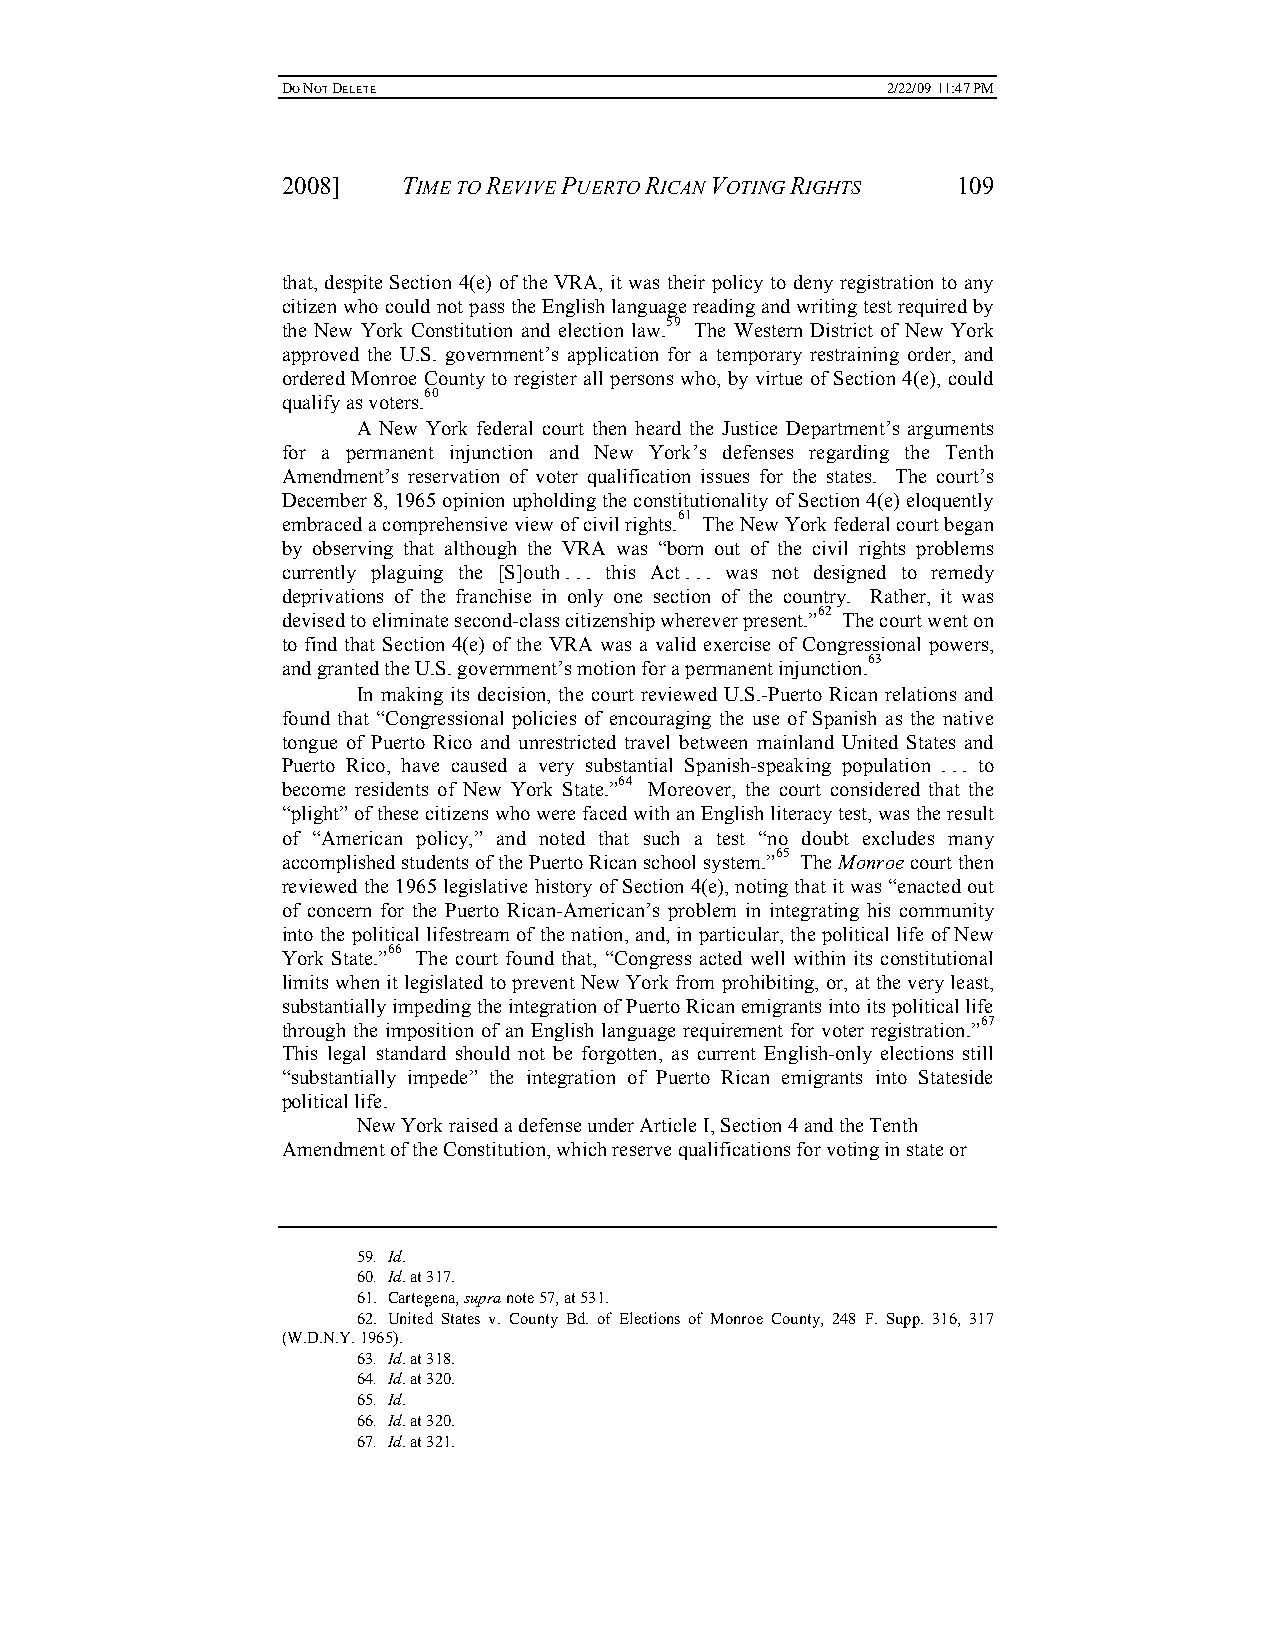
DO NOT DELETE                           2/22/09 11:47 PM
 2008]   TIME TO REVIVE PUERTO RICAN VOTING RIGHTS 109
 that, despite Section 4(e) of the VRA, it was their policy to deny registration to any
 citizen who could not pass the English language reading and writing test required by
 the New York Constitution and election law.59 The Western District of New York
 approved the U.S. government’s application for a temporary restraining order, and
 ordered Monroe County to register all persons who, by virtue of Section 4(e), could
 qualify as voters.60
 A New York federal court then heard the Justice Department’s arguments
 for a permanent injunction and New York’s defenses regarding the Tenth
 Amendment’s reservation of voter qualification issues for the states. The court’s
 December 8, 1965 opinion upholding the constitutionality of Section 4(e) eloquently
 embraced a comprehensive view of civil rights.61 The New York federal court began
 by observing that although the VRA was “born out of the civil rights problems
 currently plaguing the [S]outh . . . this Act . . . was not designed to remedy
 deprivations of the franchise in only one section of the country. Rather, it was
 devised to eliminate second-class citizenship wherever present.”62 The court went on
 to find that Section 4(e) of the VRA was a valid exercise of Congressional powers,
 and granted the U.S. government’s motion for a permanent injunction.63
 In making its decision, the court reviewed U.S.-Puerto Rican relations and
 found that “Congressional policies of encouraging the use of Spanish as the native
 tongue of Puerto Rico and unrestricted travel between mainland United States and
 Puerto Rico, have caused a very substantial Spanish-speaking population . . . to
 become residents of New York State.”64 Moreover, the court considered that the
 “plight” of these citizens who were faced with an English literacy test, was the result
 of “American policy,” and noted that such a test “no doubt excludes many
 accomplished students of the Puerto Rican school system.”65 The Monroe court then
 reviewed the 1965 legislative history of Section 4(e), noting that it was “enacted out
 of concern for the Puerto Rican-American’s problem in integrating his community
 into the political lifestream of the nation, and, in particular, the political life of New
 York State.”66 The court found that, “Congress acted well within its constitutional
 limits when it legislated to prevent New York from prohibiting, or, at the very least,
 substantially impeding the integration of Puerto Rican emigrants into its political life
 through the imposition of an English language requirement for voter registration.”67
 This legal standard should not be forgotten, as current English-only elections still
 “substantially impede” the integration of Puerto Rican emigrants into Stateside
 political life.
 New York raised a defense under Article I, Section 4 and the Tenth
 Amendment of the Constitution, which reserve qualifications for voting in state or
 59. Id.
 60. Id. at 317.
 61. Cartegena, supra note 57, at 531.
 62. United States v. County Bd. of Elections of Monroe County, 248 F. Supp. 316, 317
 (W.D.N.Y. 1965).
 63. Id. at 318.
 64. Id. at 320.
 65. Id.
 66. Id. at 320.
 67. Id. at 321.